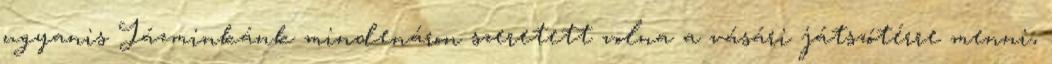
ugyanis Jázminkánk mindenáron szeretett volna a vásári játszótérre menni,